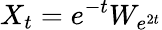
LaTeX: X_{t}=e^{-t}W_{e^{2t}}